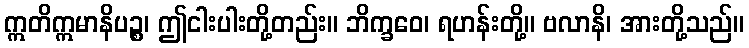
ဣတိဣမာနိပဉ္စ၊ ဤငါးပါးတို့တည်း။ ဘိက္ခဝေ၊ ရဟန်းတို့။ ဗလာနိ၊ အားတို့သည်။